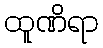
ထူဏိရာ